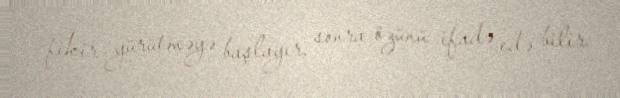
fikir yürütməyə başlayır, sonra özünü ifadə edə bilir.